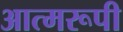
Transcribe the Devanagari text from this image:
आत्मरूपी